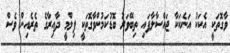
ވާގޮތަކީ އެކަކު އަނެކަކާ ޖައްސާލާފައި ތިބޭވަރު ބޮޑުކަމުންވާގޮތަކީ ފިލްމީ ދާއިރާގެ ތެރެއިން ވެސް